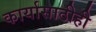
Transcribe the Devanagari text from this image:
कार्यासाठीही